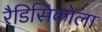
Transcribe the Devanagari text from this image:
रैडिसिकोला